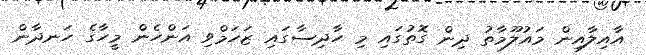
އާއިލާއިން މައުލޫމާތު ދިން ގޮތުގައި މި ހާދިސާގައި ޒަހަމްވި އަންހެން މީހާގެ ހަނދާން